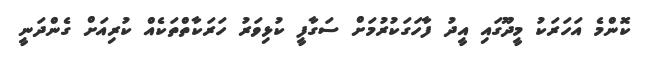
ކޮންމެ އަހަރަކު މީދޫގައި އީދު ފާހަގަކުރުމަށް ސަގާފީ ކުޅިވަރު ހަރަކާތްތަކެއް ކުރިއަށް ގެންދަނީ